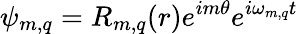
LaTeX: \psi_{m,q}=R_{m,q}(r)e^{im\theta}e^{i\omega_{m,q}t}